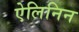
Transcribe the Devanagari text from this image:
ऐलिनिन